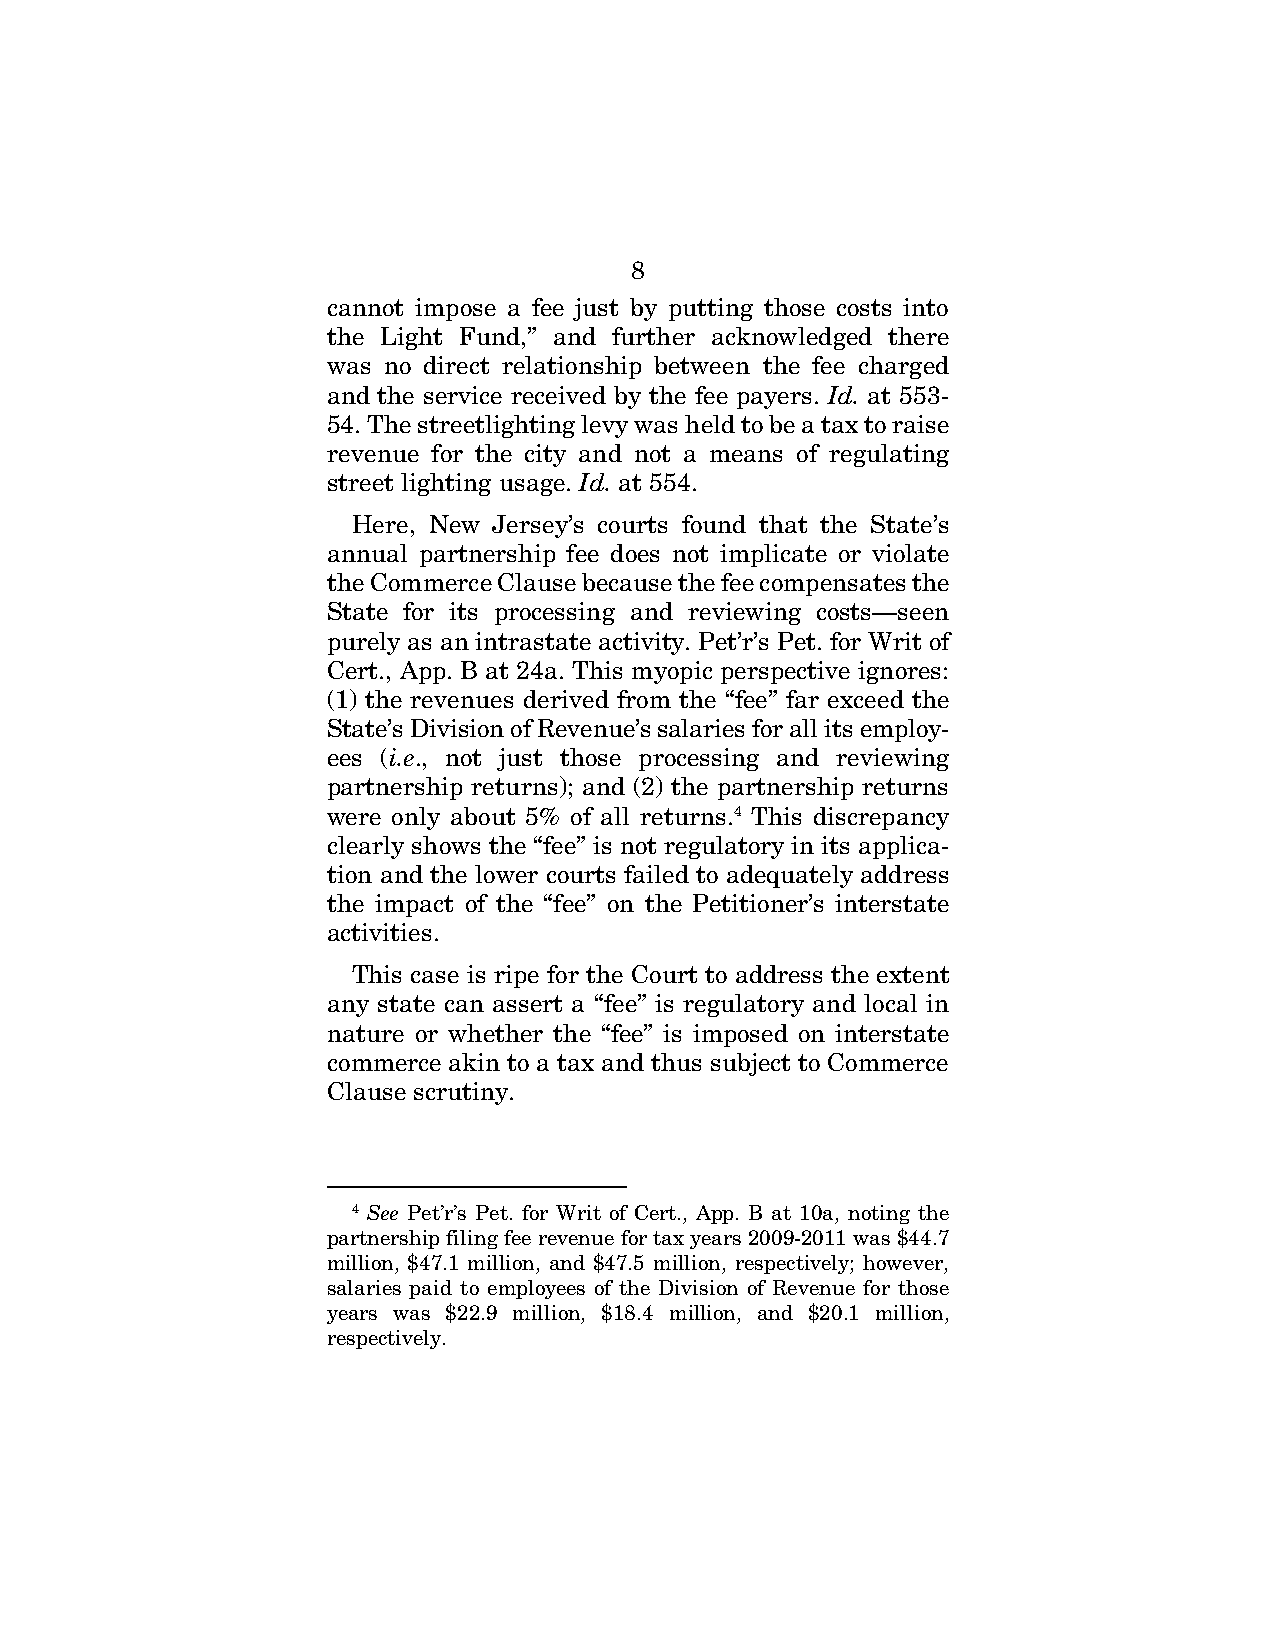
8
 cannot impose a fee just by putting those costs into
 the Light Fund,” and further acknowledged there
 was no direct relationship between the fee charged
 and the service received by the fee payers. Id. at 553-
 54. The streetlighting levy was held to be a tax to raise
 revenue for the city and not a means of regulating
 street lighting usage. Id. at 554.
 Here, New Jersey’s courts found that the State’s
 annual partnership fee does not implicate or violate
 the Commerce Clause because the fee compensates the
 State for its processing and reviewing costs—seen
 purely as an intrastate activity. Pet’r’s Pet. for Writ of
 Cert., App. B at 24a. This myopic perspective ignores:
 (1) the revenues derived from the “fee” far exceed the
 State’s Division of Revenue’s salaries for all its employ-
 ees (i.e., not just those processing and reviewing
 partnership returns); and (2) the partnership returns
 were only about 5% of all returns.4 This discrepancy
 clearly shows the “fee” is not regulatory in its applica-
 tion and the lower courts failed to adequately address
 the impact of the “fee” on the Petitioner’s interstate
 activities.
 This case is ripe for the Court to address the extent
 any state can assert a “fee” is regulatory and local in
 nature or whether the “fee” is imposed on interstate
 commerce akin to a tax and thus subject to Commerce
 Clause scrutiny.
 4 See Pet’r’s Pet. for Writ of Cert., App. B at 10a, noting the
 partnership filing fee revenue for tax years 2009-2011 was $44.7
 million, $47.1 million, and $47.5 million, respectively; however,
 salaries paid to employees of the Division of Revenue for those
 years was $22.9 million, $18.4 million, and $20.1 million,
 respectively.